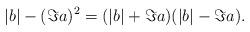
LaTeX: \begin{align*}|b|-(\Im a)^2=(|b|+\Im a)(|b|-\Im a).\end{align*}